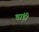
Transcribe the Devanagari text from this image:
बांड़ी